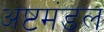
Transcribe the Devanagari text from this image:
अष्टमंडल